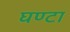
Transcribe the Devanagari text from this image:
घण्‍टा